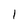
Character: V